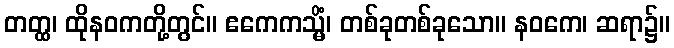
တတ္ထ၊ ထိုနဝကတို့တွင်။ ဧကေကသ္မိံ၊ တစ်ခုတစ်ခုသော။ နဝကေ၊ ဆရာ၌။